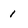
Character: 1